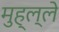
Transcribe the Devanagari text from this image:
मुह्ल्ले